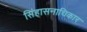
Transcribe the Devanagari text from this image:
सिंहासनाधिकार